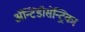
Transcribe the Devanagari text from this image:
ॲन्टिडीसेन्ट्रिका